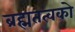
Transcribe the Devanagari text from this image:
ब्रह्मतत्वको